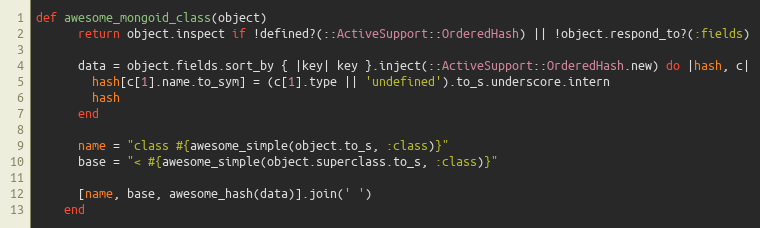
Language: Ruby
def awesome_mongoid_class(object)
      return object.inspect if !defined?(::ActiveSupport::OrderedHash) || !object.respond_to?(:fields)

      data = object.fields.sort_by { |key| key }.inject(::ActiveSupport::OrderedHash.new) do |hash, c|
        hash[c[1].name.to_sym] = (c[1].type || 'undefined').to_s.underscore.intern
        hash
      end

      name = "class #{awesome_simple(object.to_s, :class)}"
      base = "< #{awesome_simple(object.superclass.to_s, :class)}"

      [name, base, awesome_hash(data)].join(' ')
    end